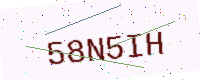
Text: 58N5IH